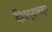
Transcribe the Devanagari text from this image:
दीपगृहाकडून